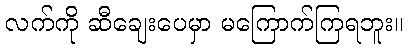
လက်ကို ဆီချေးပေမှာ မကြောက်ကြရဘူး။